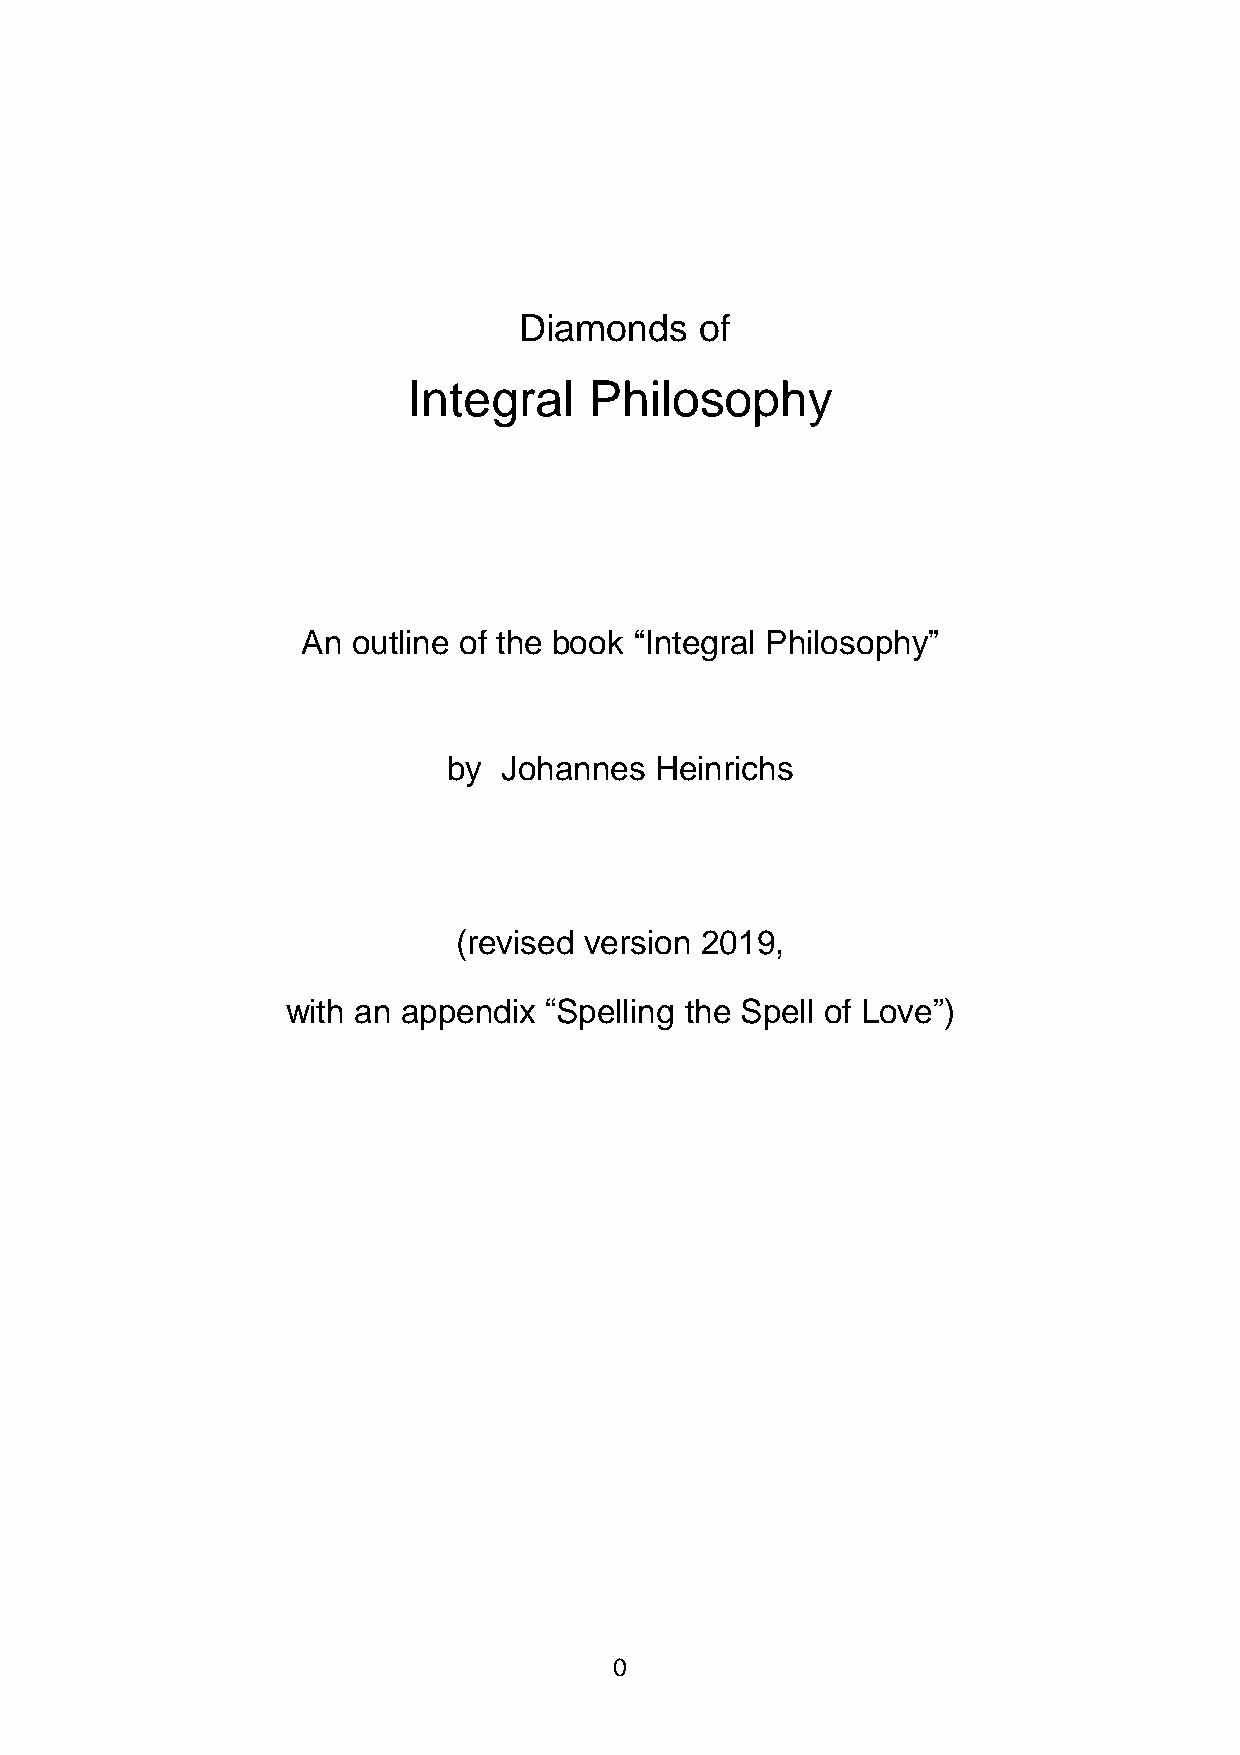
Diamonds    of
 Integral    Philosophy
 An outline of the book “Integral Philosophy”
 by Johannes  Heinrichs
 (revised version 2019,
 with an appendix “Spelling the Spell of Love”)
 0